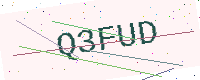
Text: Q3FUD